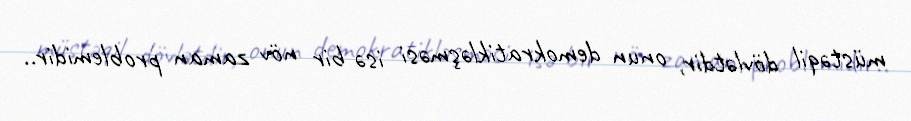
müstəqil dövlətdir, onun demokratikləşməsi isə bir növ zaman problemidir..